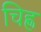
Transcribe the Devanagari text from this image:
चिह्ण